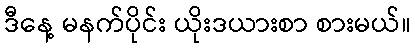
ဒီနေ့ မနက်ပိုင်း ယိုးဒယားစာ စားမယ်။